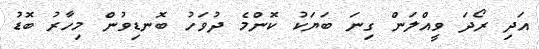
އަދި ރޯދަ ވީއްލަން ގިނަ ބަޔަކު ކޮންމެ ދުވަހު ބޮނޑިވުން މިހާރު ބޮޑު